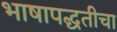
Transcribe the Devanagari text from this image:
भाषापद्धतीचा